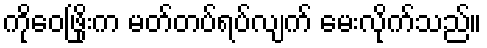
ကိုဝေဖြိုးက မတ်တပ်ရပ်လျက် မေးလိုက်သည်။